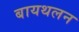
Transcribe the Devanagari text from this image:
बायथलन